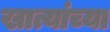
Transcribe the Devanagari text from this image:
खात्यांच्या